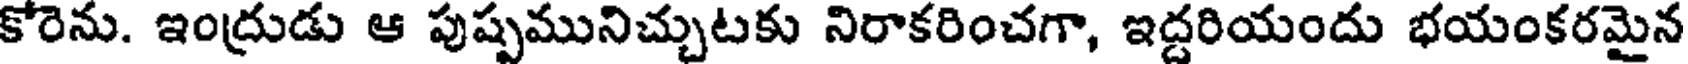
కోరెను. ఇంద్రుడు ఆ పుష్పమునిచ్చుటకు నిరాకరించగా, ఇద్దరియందు భయంకరమైన